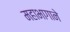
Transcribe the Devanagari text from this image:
महाभागाने